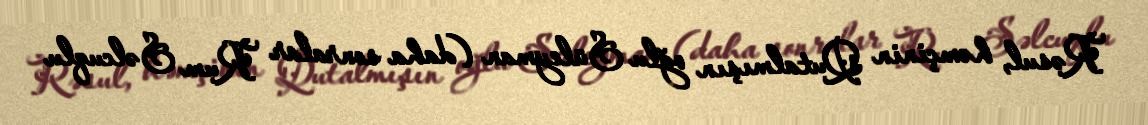
Rəsul, həmçinin Qutalmışın oğlu Süleyman (daha sonralar Rum Səlcuqlu